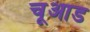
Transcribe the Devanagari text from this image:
चूआड